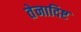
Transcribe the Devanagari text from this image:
तेनादिष्ट